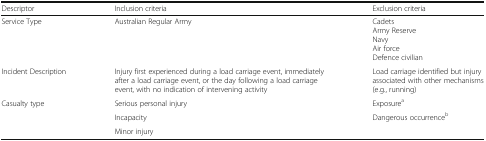
| Descriptor | Inclusion criteria | Exclusion criteria |
 | --- | --- | --- |
 | Service Type | Australian Regular Army | CadetsArmy ReserveNavyAir forceDefence civilian |
 | Incident Description | Injury first experienced during a load carriage event, immediately after a load carriage event, or the day following a load carriage event, with no indication of intervening activity | Load carriage identified but injury associated with other mechanisms (e.g., running) |
 | Casualty type | Serious personal injury | Exposurea |
 |  | Incapacity | Dangerous occurrenceb |
 |  | Minor injury |  |